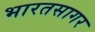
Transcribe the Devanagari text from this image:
भारतसागर